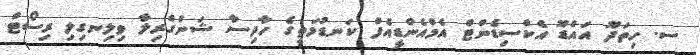
ސ. ހިތަދޫ އައްޑޫ އެކްސިޑެންޓް އެމްއެންޑީއެފް ކަނޑުމަތީގެ ހާދިސާ ޝަންގްރިލާ ވިލިނގިލި ރިސޯޓް